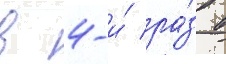
в 4-и́ ра́з в